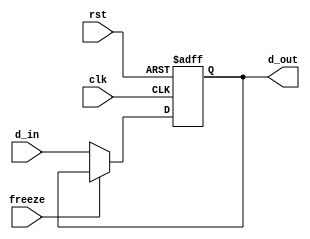
////////////////////////////////////////////////////////////////////////////////
//                              ARM Architecture:	                    		      //	
// 		                            32bit Register			                            //
// Revision by:	Amirmahdi Joudi							                                        //
////////////////////////////////////////////////////////////////////////////////

module Reg_32b (d_in, rst, clk, freeze, d_out);
  input [31:0] d_in;
  input rst, clk, freeze;
  output [31:0] d_out;
  reg [31:0] d_out;
  
  always @(posedge clk , posedge rst)
  begin
    if (rst==1'b1)
      d_out <= 32'd0;
    else if (freeze)
      d_out <= d_out;
    else
      d_out <= d_in;
  end
  
endmodule